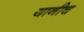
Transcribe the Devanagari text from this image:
यानीच